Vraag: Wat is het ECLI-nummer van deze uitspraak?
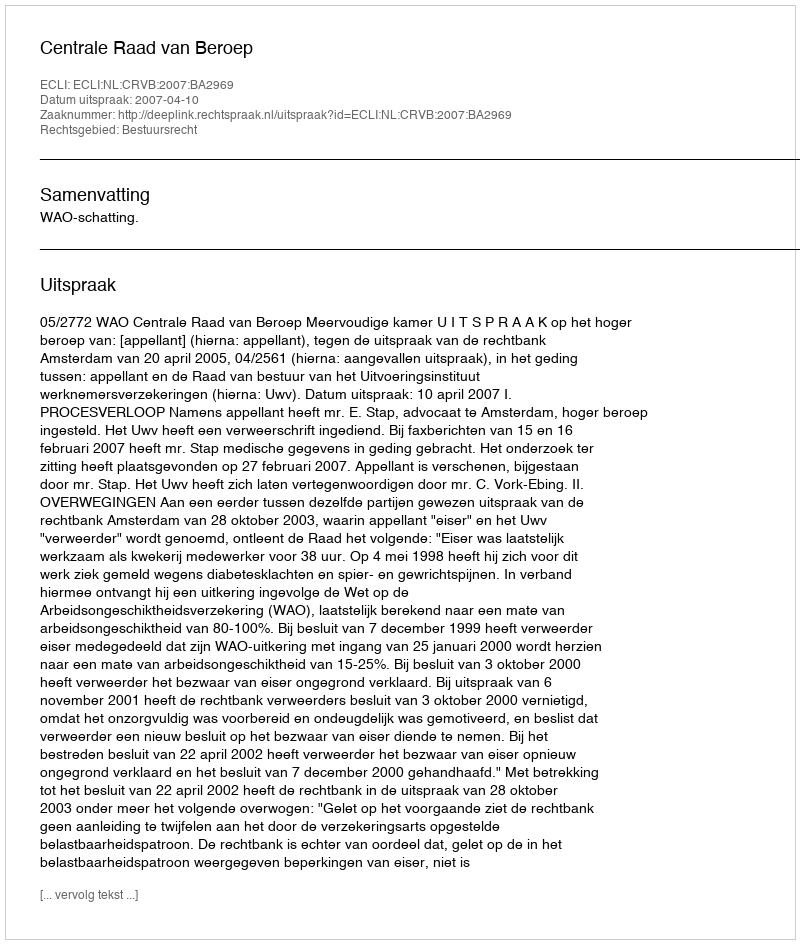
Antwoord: ECLI:NL:CRVB:2007:BA2969